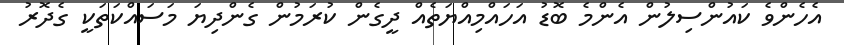
އެހެންވެ ކައުންސިލުން އެންމެ ބޮޑު އަހައްމިއްޔަތެއް ދީގެން ކުރަމުން ގެންދިޔަ މަސައްކަތަކީ ގެދޮރު